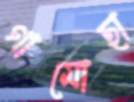
গামোছা